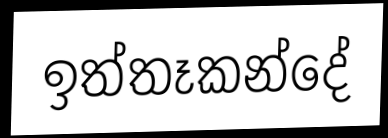
ඉත්තෑකන්දේ